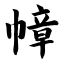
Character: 幛